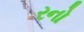
રનો